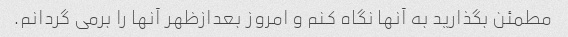
مطمئن بگذارید به آنها نگاه کنم و امروز بعدازظهر آنها را برمی گردانم.